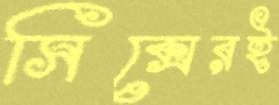
সিক্সেরই